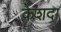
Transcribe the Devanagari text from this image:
केशदा